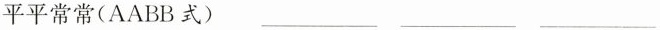
平平常常(ABAB式) ___ ___ ___